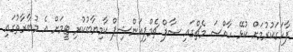
ފާހަގަކުރުމަށް ކުޅޭ ހާއްސަ މެޗްގައި ސާފް ޗެމްޕިއަންޝިޕް ކާމިޔާބުކުރި ޓީމަށް އެ މުބާރާތުގައި